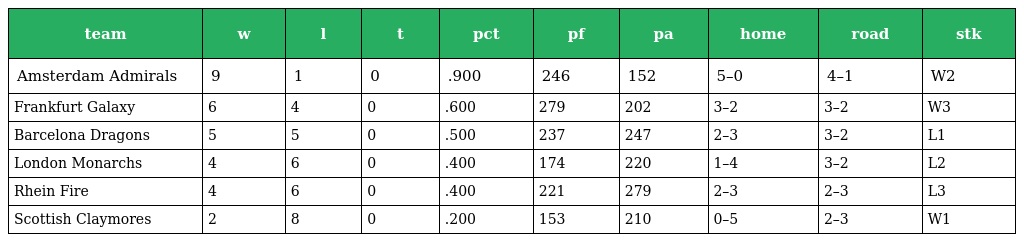
| team | w | l | t | pct | pf | pa | home | road | stk |
 | --- | --- | --- | --- | --- | --- | --- | --- | --- | --- |
 | Amsterdam Admirals | 9 | 1 | 0 | .900 | 246 | 152 | 5–0 | 4–1 | W2 |
 | Frankfurt Galaxy | 6 | 4 | 0 | .600 | 279 | 202 | 3–2 | 3–2 | W3 |
 | Barcelona Dragons | 5 | 5 | 0 | .500 | 237 | 247 | 2–3 | 3–2 | L1 |
 | London Monarchs | 4 | 6 | 0 | .400 | 174 | 220 | 1–4 | 3–2 | L2 |
 | Rhein Fire | 4 | 6 | 0 | .400 | 221 | 279 | 2–3 | 2–3 | L3 |
 | Scottish Claymores | 2 | 8 | 0 | .200 | 153 | 210 | 0–5 | 2–3 | W1 |